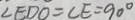
\angle E D O = \angle E = 9 0 ^ { \circ }